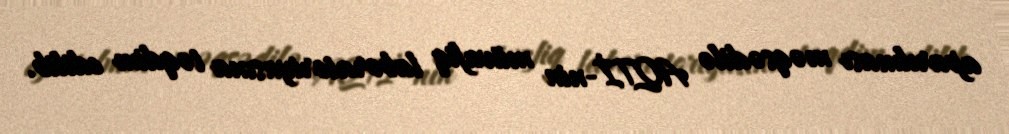
aparılması məqsədilə AQTİ-nin müvafiq laboratoriyasına təqdim edilib.